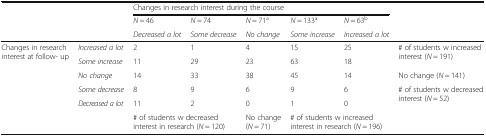
<table><thead><tr><td rowspan="3"></td><td rowspan="3"></td><td colspan="5"><b>Changes in research interest during the course</b></td><td rowspan="3"></td></tr><tr><td><b><i>N</i> = 46</b></td><td><b><i>N</i> = 74</b></td><td><b><i>N</i> = 71<sup>a</sup></b></td><td><b><i>N</i> = 133<sup>a</sup></b></td><td><b><i>N</i> = 63<sup>b</sup></b></td></tr><tr><td><b><i>Decreased a lot</i></b></td><td><b><i>Some decrease</i></b></td><td><b><i>No change</i></b></td><td><b><i>Some increase</i></b></td><td><b><i>Increased a lot</i></b></td></tr></thead><tbody><tr><td rowspan="6">Changes in research interest at follow- up</td><td><i>Increased a lot</i></td><td>2</td><td>1</td><td>4</td><td>15</td><td>25</td><td rowspan="2"># of students w increased interest (<i>N</i> = 191)</td></tr><tr><td><i>Some increase</i></td><td>11</td><td>29</td><td>23</td><td>63</td><td>18</td></tr><tr><td><i>No change</i></td><td>14</td><td>33</td><td>38</td><td>45</td><td>14</td><td>No change (<i>N</i> = 141)</td></tr><tr><td><i>Some decrease</i></td><td>8</td><td>9</td><td>6</td><td>9</td><td>6</td><td rowspan="2"># of students w decreased interest (<i>N</i> = 52)</td></tr><tr><td><i>Decreased a lot</i></td><td>11</td><td>2</td><td>0</td><td>1</td><td>0</td></tr><tr><td></td><td colspan="2"># of students w decreased interest in research (<i>N</i> = 120)</td><td>No change (<i>N</i> = 71)</td><td colspan="2"># of students w increased interest in research (<i>N</i> = 196)</td><td></td></tr></tbody></table>